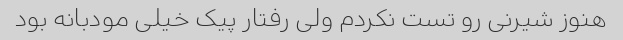
هنوز شیرنی رو تست نکردم ولی رفتار پیک خیلی مودبانه بود